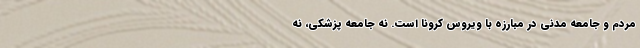
مردم و جامعه مدنی در مبارزه با ویروس کرونا است. نه جامعه پزشکی، نه